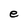
Character: e